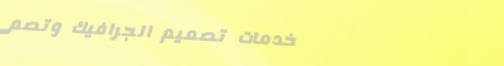
خدمات تصميم الجرافيك وتصم